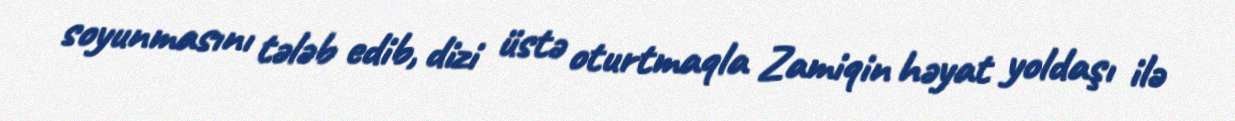
soyunmasını tələb edib, dizi üstə oturtmaqla Zamiqin həyat yoldaşı ilə